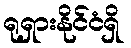
ရုရှားနိုင်ငံရှိ